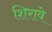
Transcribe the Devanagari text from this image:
शिरावे